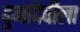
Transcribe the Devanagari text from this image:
दुर्गादेवीला